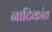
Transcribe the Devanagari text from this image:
नाटिकांत